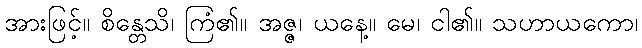
အားဖြင့်။ စိန္တေသိ၊ ကြံ၏။ အဇ္ဇ၊ ယနေ့။ မေ၊ ငါ၏။ သဟာယကော၊